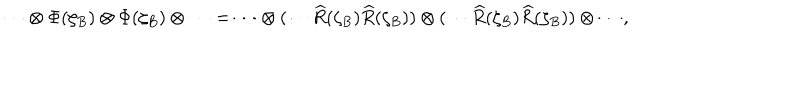
\cdots \otimes \Phi ( \zeta _ { B } ) \otimes \Phi ( \zeta _ { B } ) \otimes \cdots = \cdots \otimes ( \cdots \widehat { R } ( \zeta _ { B } ) \widehat { R } ( \zeta _ { B } ) ) \otimes ( \cdots \widehat { R } ( \zeta _ { B } ) \widehat { R } ( \zeta _ { B } ) ) \otimes \cdots ,